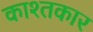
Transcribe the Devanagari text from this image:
काश्‍तकार